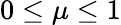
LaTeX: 0\leq\mu\leq 1